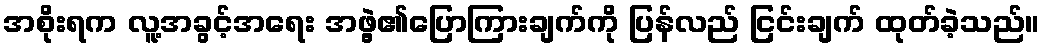
အစိုးရက လူ့အခွင့်အရေး အဖွဲ့၏ပြောကြားချက်ကို ပြန်လည် ငြင်းချက် ထုတ်ခဲ့သည်။